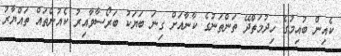
ކެއިން ބުއިމުގެ ހިދުމަތްދޭ ތަންތަނުގެ ކާނާއަށް ގިނަ ބަޔަކު ބަރޯސާވާއިރު ކެއުންތައް ތައްޔާރު